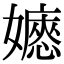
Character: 𡣇